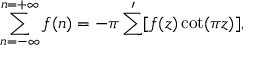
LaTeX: \sum _ { n = - \infty } ^ { n = + \infty } f ( n ) = - \pi \sum ^ { \prime } [ f ( z ) \cot ( \pi z ) ] ,